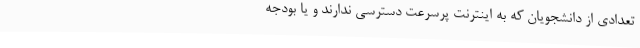
تعدادی از دانشجویان که به اینترنت پرسرعت دسترسی ندارند و یا بودجه